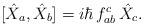
LaTeX: \begin{align*}[\hat{X}_{a},\hat{X}_{b}]=i\hbar \,f_{ab}^{c}\,\hat{X}_c.\end{align*}